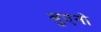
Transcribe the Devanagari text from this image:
बुएनो